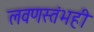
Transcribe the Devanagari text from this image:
लवणस्तंभही